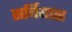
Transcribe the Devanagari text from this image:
सर्बियास